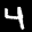
Label: 4